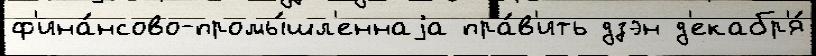
ф'ина́нсово-промы́шл'еннаjа пра́в'ить дзэн д'екабр'я́